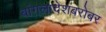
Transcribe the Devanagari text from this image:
बांगलादेशबरोबर